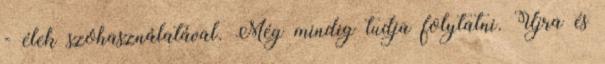
- élek szóhasználatával. Még mindig tudja folytatni. Újra és